Civil Veterinary Dept. Bombay admin report 1907-1913 - 1907-1913
Year: 1907
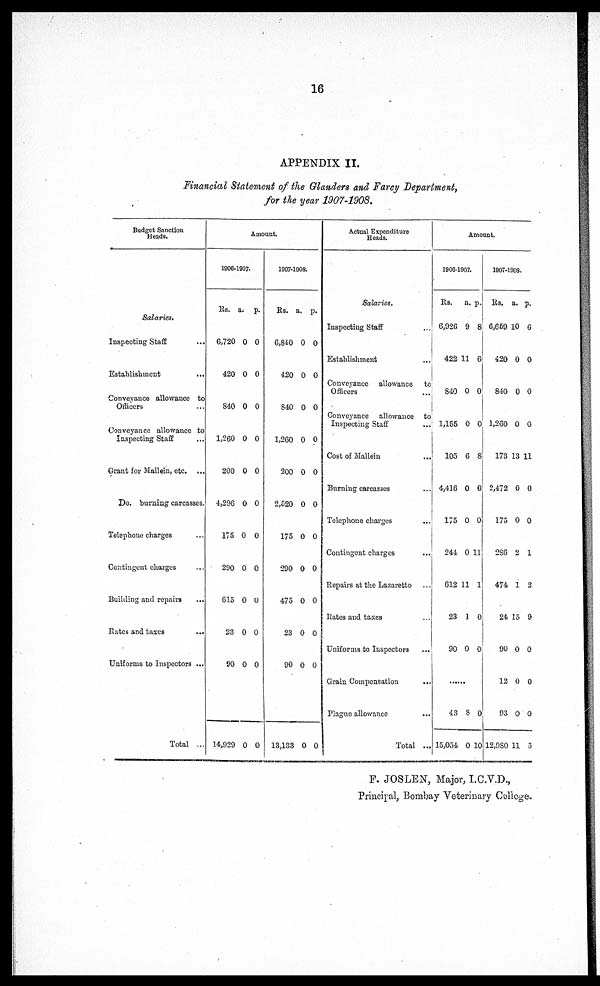
16
APPENDIX II.
Financial Statement of the Glanders and Farcy Department,
for the year 1907-1908.
Budget Sanction
Heads.
Salaries.
Inspecting Staff ...
Establishment ...
Conveyance allowance to
Officers ...
Conveyance allowance to
Inspecting Staff ...
Grant for Mallein, etc. ...
Do. burning carcasses.
Telephone charges ...
Contingent charges ...
Building and repairs ...
Rates and taxes ...
Uniforms to Inspectors ...
Total ...
Amount
1906-1907.
Rs.
6,720
420
S40
1,260
200
4,296
175
290
615
23
90
14,92
a.
0
0
0
0
0
0
0
0
0
0
0
9 0
p.
0
0
0
0
0
0
0
0
0
0
0
0
1907-1908.
Rs. a
6,840
420
840
1,260
200
2,520
175
290
475
23
90
13,133
.
0
0
0
0
0
0
0
0
0
0
0
0
p.
0
0
0
0
0
0
0
0
0
0
0
0
Actual Expenditure
Heads.
Salaries.
Inspecting Staff ...
Establishment ...
Conveyance allowance to
Officers ...
Conveyance allowance to
Inspecting Staff ...
Cost of Mallein
...
Burning carcasses ...
Telephone charges
Contingent charges ...
Repairs at the Lazaretto ...
Rates and taxes ...
Uniforms to Inspectors
...
Grain Compensation ...
Plague allowance
...
Total ...
Amount.
1906-1907.
Rs.
6,926
422 1
840
1,155
105
4,416
175
244
612
23
90
43
15,054
a.
9
1
0
0
6
0
0
0
11
1
0
8
0
p.
8
6
0
0
8
0
0
11
1
0
0
0
10
1907-1908.
Rs.
6,659
420
840
1,260
173
2,472
175
286
474
24
90
12
93
12,980
a.
10
0
0
0
13
0
0
2
1
15
0
0
0
11
p.
6
0
0
0
11
0
0
1
2
9
0
0
0
5
F. JOSLEN, Major, I.C.V.D.,
Principal, Bombay Veterinary College.